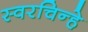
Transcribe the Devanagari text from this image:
स्वरचिन्हे